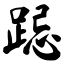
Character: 跽